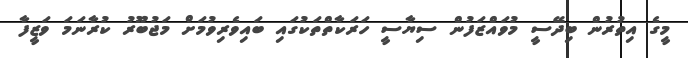
މީގެ އިތުރުން ބިދޭސީ މުވައްޒަފުން ސިޔާސީ ހަރަކާތްތަކުގައި ބައިވެރިވުމަށް މަޖުބޫރު ކުރާނަމަ ވަޒީފާ